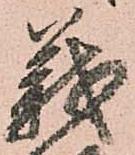
義